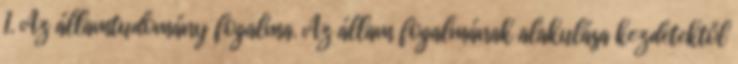
1. Az államtudomány fogalma. Az állam fogalmának alakulása kezdetektől